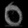
Digit: ၀